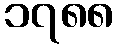
၁၇၈၈